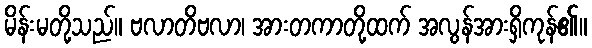
မိန်းမတို့သည်။ ဗလာတိဗလာ၊ အားတကာတို့ထက် အလွန်အားရှိကုန်၏။